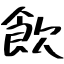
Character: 飲